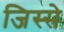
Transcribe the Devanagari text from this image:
जिस्‍से